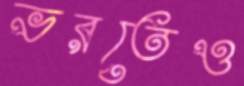
ভরতেও